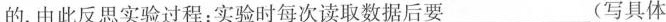
的.由此反思实验过程：实验时每次读取数据后要___(写具体